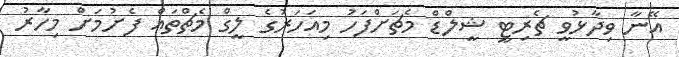
އޭނާ ވިދާޅުވީ ޗެރިޓީ ޝީލްޑް މެޗަށްފަހު މިއަހަރުގެ ލީގް މެޗްތައް ފެށުމަށް މިހާރު